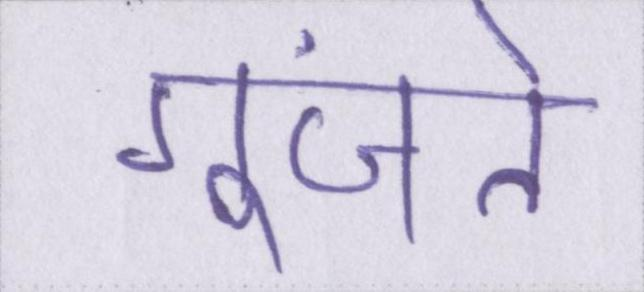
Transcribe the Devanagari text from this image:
गूंजते